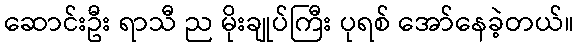
ဆောင်းဦး ရာသီ ည မိုးချုပ်ကြီး ပုရစ် အော်နေခဲ့တယ်။